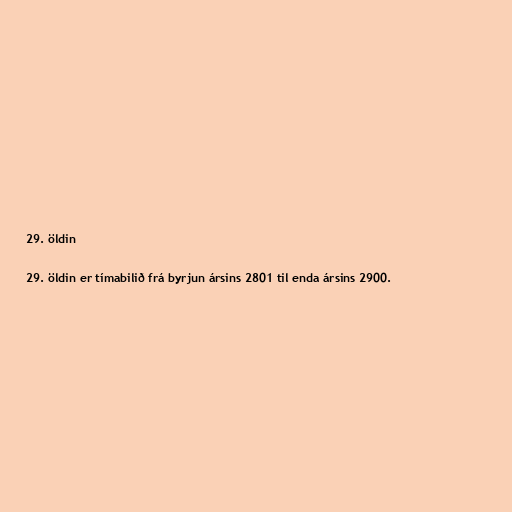
29. öldin

29. öldin er tímabilið frá byrjun ársins 2801 til enda ársins 2900.